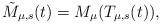
LaTeX: \begin{align*}\tilde M_{\mu,s}(t)= M_{\mu}(T_{\mu,s}(t)),\end{align*}